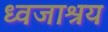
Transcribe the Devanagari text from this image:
ध्वजाश्रय